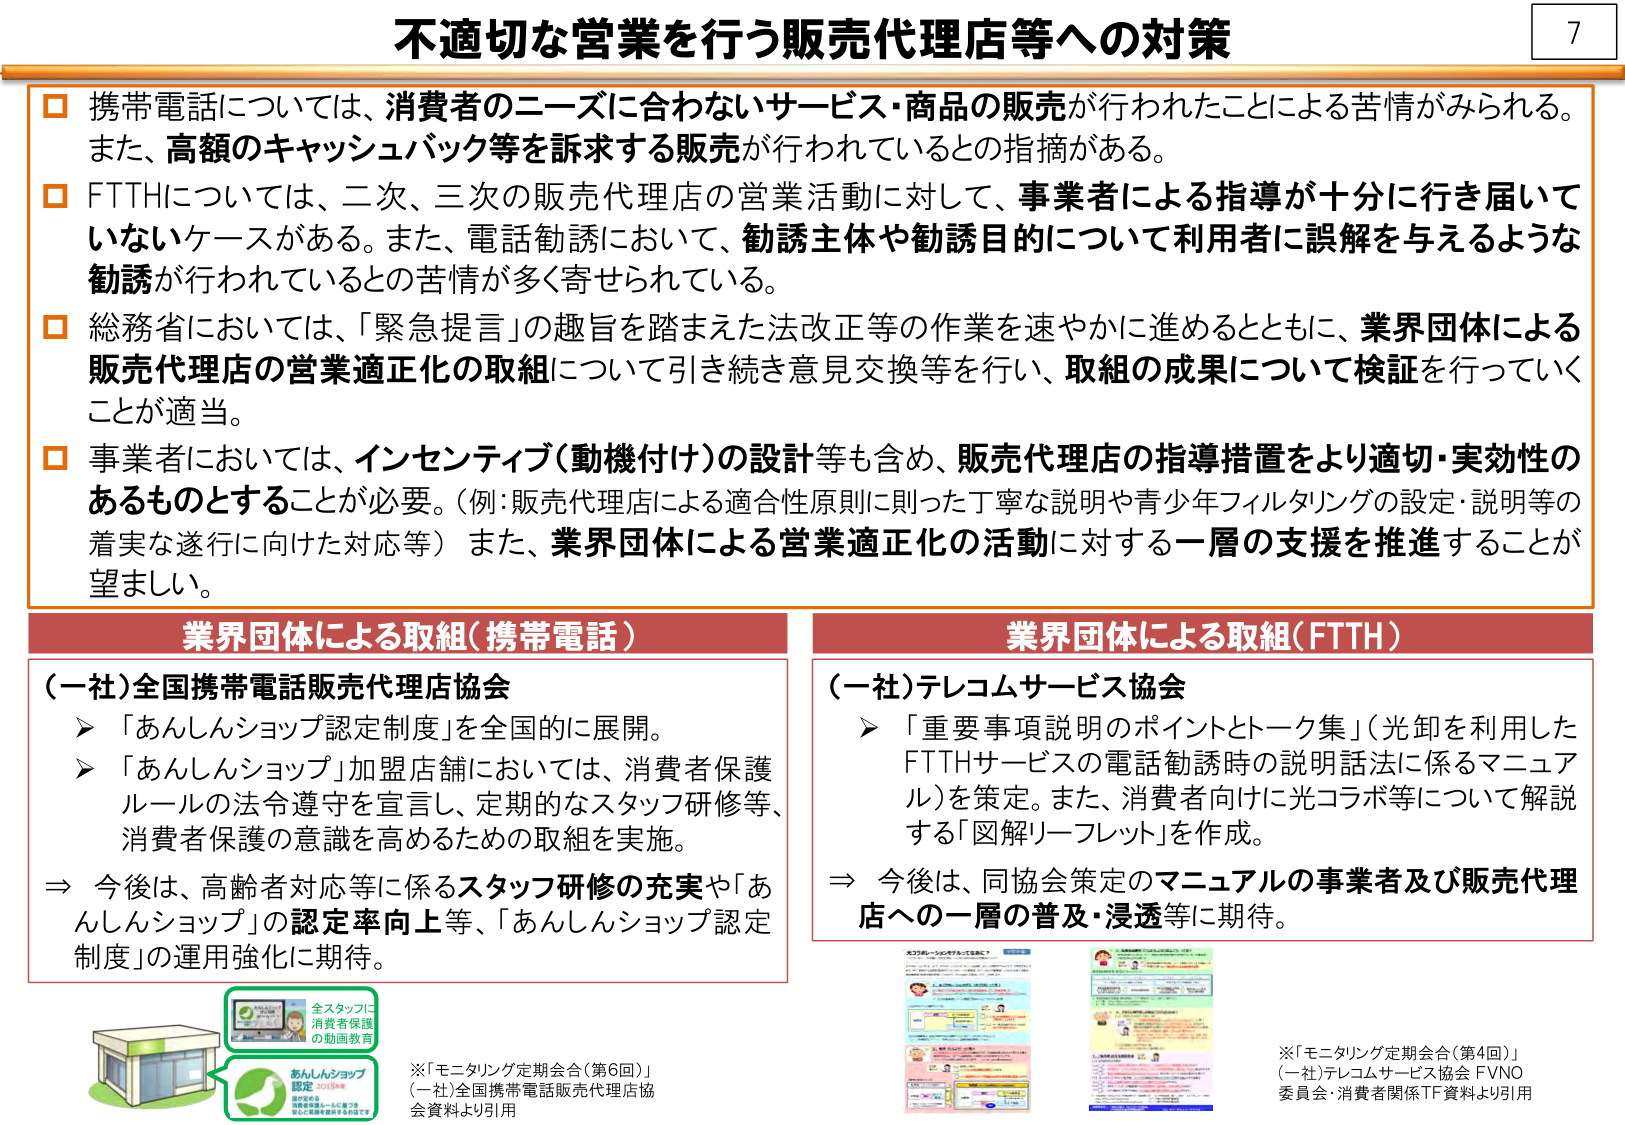
不適切な営業を行う販売代理店等への対策

□ 携帯電話については、消費者のニーズに合わないサービス・商品の販売が行われたことによる苦情がみられる。また、高額のキャッシュバック等を訴求する販売が行われているとの指摘がある。

□ FTTHについては、二次、三次の販売代理店の営業活動に対して、事業者による指導が十分に行き届いていないケースがある。また、電話勧誘において、勧誘主体や勧誘目的について利用者に誤解を与えるような勧誘が行われているとの苦情が多く寄せられている。

□ 総務省においては、「緊急提言」の趣旨を踏まえた法改正等の作業を速やかに進めるとともに、業界団体による販売代理店の営業適正化の取組について引き続き意見交換等を行い、取組の成果について検証を行っていくことが適当。

□ 事業者においては、インセンティブ（動機付け）の設計等も含め、販売代理店の指導措置をより適切・実効性のあるものとすることが必要。（例：販売代理店による適合性原則に則った丁寧な説明や青少年フィルタリングの設定・説明等の着実な遂行に向けた対応等）また、業界団体による営業適正化の活動に対する一層の支援を推進することが望ましい。

業界団体による取組（携帯電話）

（一社）全国携帯電話販売代理店協会
➤ 「あんしんショップ認定制度」を全国的に展開。
➤ 「あんしんショップ」加盟店舗においては、消費者保護ルールの法令遵守を宣言し、定期的なスタッフ研修等、消費者保護の意識を高めるための取組を実施。
⇒ 今後は、高齢者対応等に係るスタッフ研修の充実や「あんしんショップ」の認定率向上等、「あんしんショップ認定制度」の運用強化に期待。

業界団体による取組（FTTH）

（一社）テレコムサービス協会
➤ 「重要事項説明のポイントとトーク集」（光卸を利用したFTTHサービスの電話勧誘時の説明話法に係るマニュアル）を策定。また、消費者向けに光コラボ等について解説する「図解リーフレット」を作成。
⇒ 今後は、同協会策定のマニュアルの事業者及び販売代理店への一層の普及・浸透等に期待。

※「モニタリング定期会合（第6回）」
（一社）全国携帯電話販売代理店協会資料より引用

※「モニタリング定期会合（第4回）」
（一社）テレコムサービス協会 FVNO委員会・消費者関係TF資料より引用

全スタッフに
消費者保護
の動画教育

あんしんショップ
認定 2018年
誰がでも
消費者保護ルールに基づき
安心して契約を結べるお店